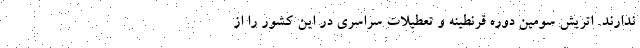
ندارند. اتریش سومین دوره قرنطینه و تعطیلات سراسری در این کشور را از